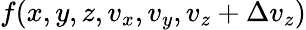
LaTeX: f(x,y,z,v_{x},v_{y},v_{z}+\Delta v_{z})